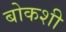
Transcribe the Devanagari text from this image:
बोकशी